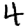
Digit: 4